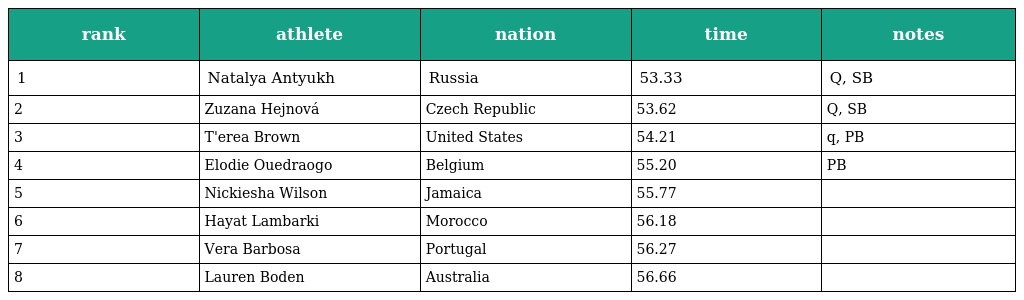
| rank | athlete | nation | time | notes |
 | --- | --- | --- | --- | --- |
 | 1 | Natalya Antyukh | Russia | 53.33 | Q, SB |
 | 2 | Zuzana Hejnová | Czech Republic | 53.62 | Q, SB |
 | 3 | T'erea Brown | United States | 54.21 | q, PB |
 | 4 | Elodie Ouedraogo | Belgium | 55.20 | PB |
 | 5 | Nickiesha Wilson | Jamaica | 55.77 |  |
 | 6 | Hayat Lambarki | Morocco | 56.18 |  |
 | 7 | Vera Barbosa | Portugal | 56.27 |  |
 | 8 | Lauren Boden | Australia | 56.66 |  |